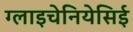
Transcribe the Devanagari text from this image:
ग्लाइचेनियेसिई